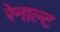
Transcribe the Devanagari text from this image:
रेनाल्ट